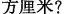
方厘米?